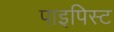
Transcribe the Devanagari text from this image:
पाइपिस्ट